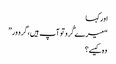
اور کہا
“میرے گُرو تو آپ ہیں، گرو ور”
وہ کیسے؟